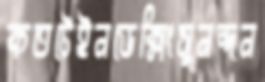
কতটেইনডেক্সিংসুনন্দন